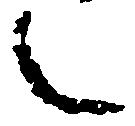
之